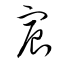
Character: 宸